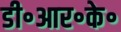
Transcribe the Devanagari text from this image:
डी॰आर॰के॰